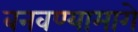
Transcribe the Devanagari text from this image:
बनवण्यामागे